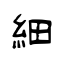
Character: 細